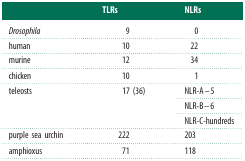
<table><thead><tr><td></td><td><b>TLRs</b></td><td><b>NLRs</b></td></tr></thead><tbody><tr><td><i>Drosophila</i></td><td>9</td><td>0</td></tr><tr><td>human</td><td>10</td><td> 22</td></tr><tr><td>murine</td><td>12</td><td> 34</td></tr><tr><td>chicken</td><td>10</td><td>1</td></tr><tr><td rowspan="3">teleosts</td><td rowspan="3">17 (36)</td><td>NLR-A–5</td></tr><tr><td>NLR-B–6</td></tr><tr><td>NLR-C-hundreds</td></tr><tr><td>purple sea urchin</td><td>222</td><td>203</td></tr><tr><td>amphioxus</td><td>71</td><td>118</td></tr></tbody></table>